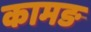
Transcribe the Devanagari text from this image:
कामङ